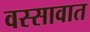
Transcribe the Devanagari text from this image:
वस्सावात